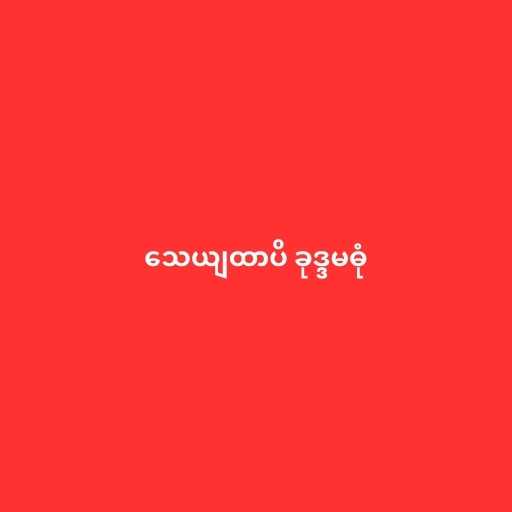
သေယျထာပိ ခုဒ္ဒမဓုံ